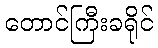
တောင်ကြီးခရိုင်